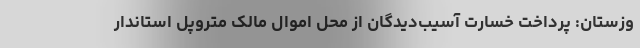
وزستان: پرداخت خسارت آسیب‌دیدگان از محل اموال مالک متروپل استاندار